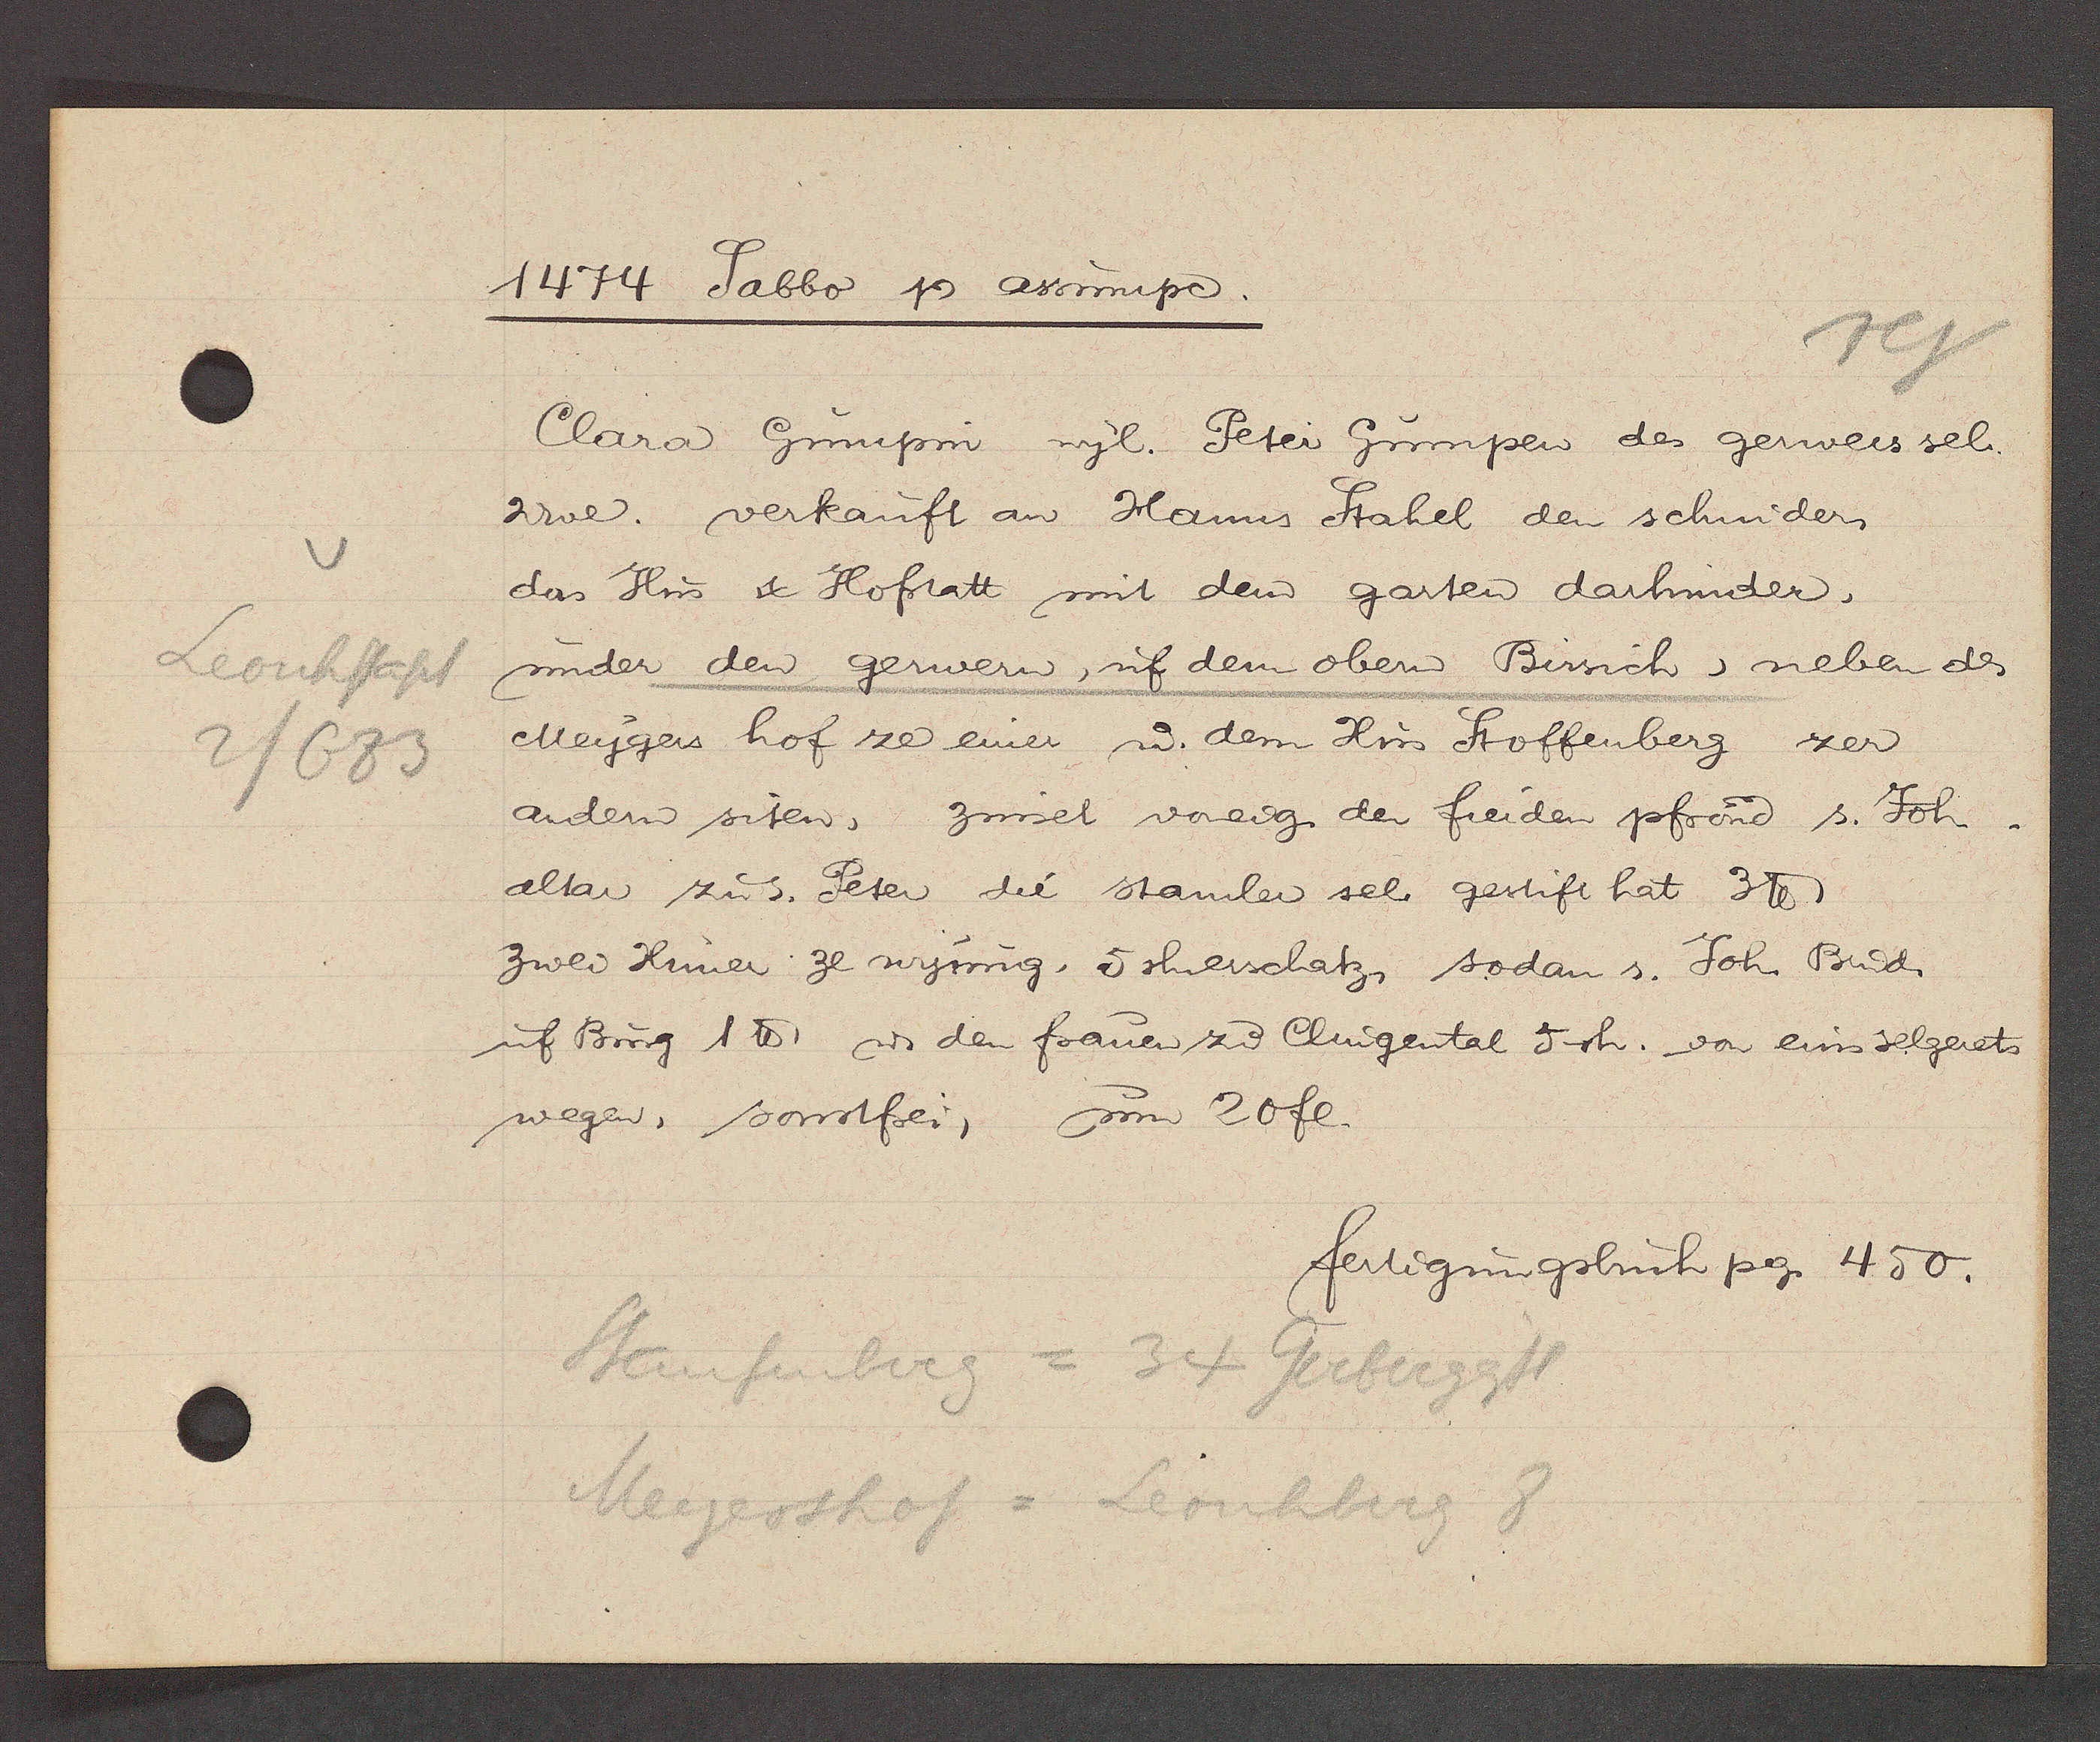
Transcript:
Leonhstapf
2/683

1474 Sabbo Ƿ assumpc.

Clara Gumpin wyl. Peter Gumper des gerwers sel.
Wwe. verkauft an Hanns Stahel den schnider
das Hus & Hofstatt mit dem garten darhinder,
under den gerwern, uf dem oben Birsich, neben de
Meygers hof ze einer u. dem Hus Stoffenberg zer
andern siten, zinset voreig. den freiden pfrand s. Joh.
altar zu S. Peter die stamler sel. gestift hat 3℔
zwei Huner ze wysung, 5 sh erschatz, sodan s. Joh Brud.
uf Burg  ℔. u den frauen zu Clingental 5sh. von eins selgerets
wegen, sonstfrei, um 20 fl.

Staufenberg = 34 Gerbergässl
Meyershof = Leonhberg 8

fertigungsbuch pg. 450.